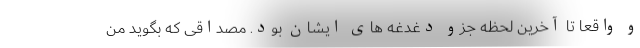
و واقعا تا آخرین لحظه جزو دغدغه های ایشان بود. مصداقی که بگوید من